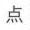
点